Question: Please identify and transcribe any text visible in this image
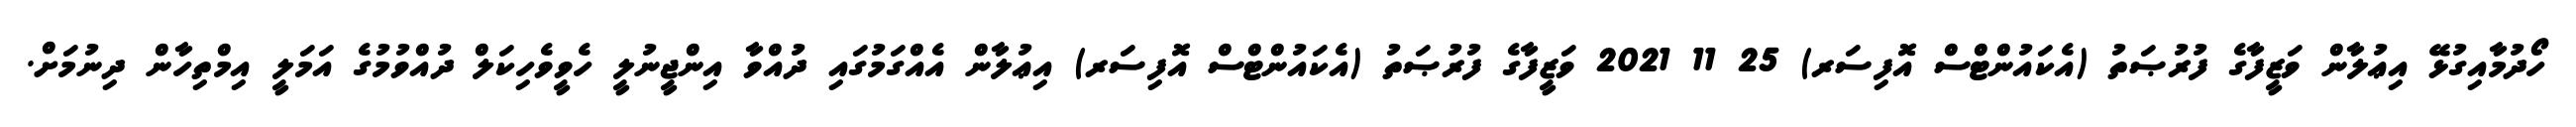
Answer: ހޯދުމާއިގުޅޭ އިޢުލާން ވަޒީފާގެ ފުރުޞަތު (އެކައުންޓްސް އޮފިސަރ) 25 11 2021 ވަޒީފާގެ ފުރުޞަތު (އެކައުންޓްސް އޮފިސަރ) އިޢުލާން އެއްގަމުގައި ދުއްވާ އިންޖީނުލީ ހެވީވެހިކަލް ދުއްވުމުގެ އަމަލީ އިމްތިހާން ދިނުމަށް.